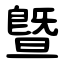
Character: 曁